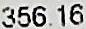
356.16